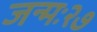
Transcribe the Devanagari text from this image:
जन्मः२७